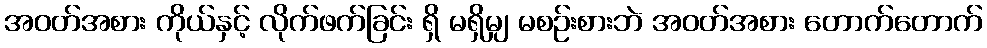
အဝတ်အစား ကိုယ်နှင့် လိုက်ဖက်ခြင်း ရှိ မရှိမျှ မစဉ်းစားဘဲ အဝတ်အစား တောက်တောက်